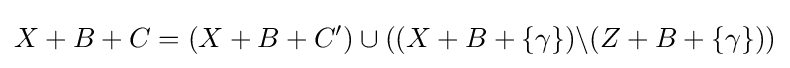
X+B+C=(X+B+C')\cup ((X+B+\{\gamma \})\backslash (Z+B+\{\gamma \}))